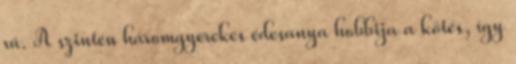
rá. A szintén háromgyerekes édesanya hobbija a kötés, így